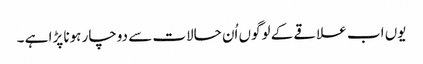
یوں اب علاقے کے لوگوں اُن حالات سے دوچار ہونا پڑا ہے ۔